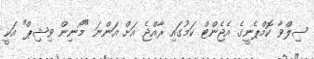
ސިލްވާ ކޮމްޕެނީގެ އެޖެންޓް ކަމުގައި ރާއްޖެ އަށް އަންނަ "މޯނިން ވިޝިޕް" އަކީ